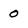
Character: 0